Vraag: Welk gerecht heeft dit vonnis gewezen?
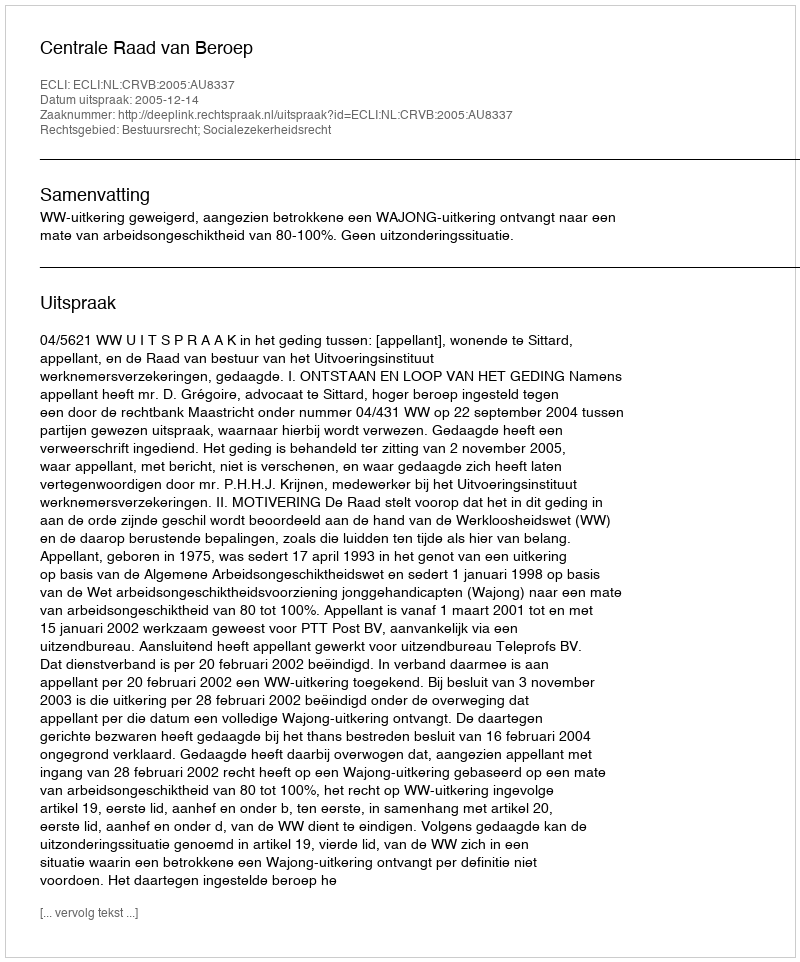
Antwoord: Centrale Raad van Beroep